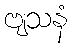
ဗျသနံ